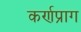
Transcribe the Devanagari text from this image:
कर्णप्राग